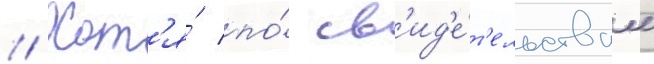
// Хот'я́ по́ св'ид'е́т'ельствам